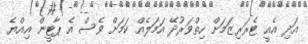
އަދި އެއީ ޓެރަރިޒަމަށް ހިތްވަރުދޭ އަމަލެއް ކަމަށް ވެސް އެ ޕާޓީން އިއްޔެ